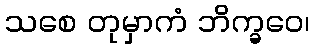
သစေ တုမှာကံ ဘိက္ခဝေ၊